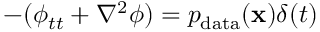
- ( \phi _ { t t } + \nabla ^ { 2 } \phi ) = p _ { \mathrm { d a t a } } ( \mathbf { x } ) \delta ( t )